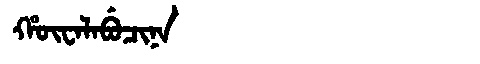
Manchu: ᡥᡡᠸᠠᠯᠠᠪᡠᠴᡳᠨᠠ
Romanization: HŪWALABUCINA